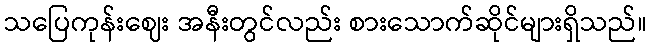
သပြေကုန်းဈေး အနီးတွင်လည်း စားသောက်ဆိုင်များရှိသည်။